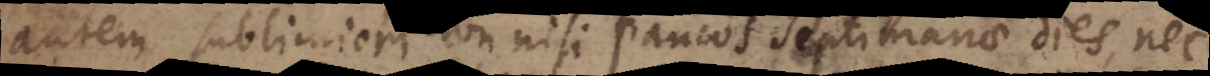
autem sublimiori non nisi paucos septimanae dies, nec